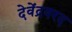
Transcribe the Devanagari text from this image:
देवेंद्रवरद